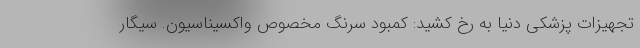
تجهیزات پزشکی دنیا به رخ کشید: کمبود سرنگ مخصوص واکسیناسیون. سیگار